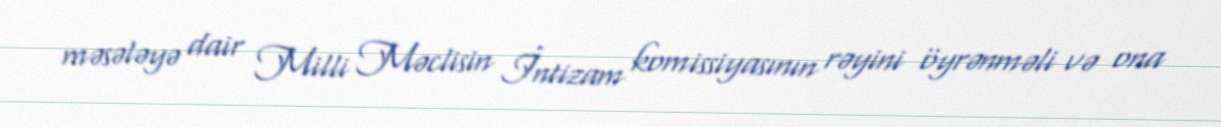
məsələyə dair Milli Məclisin İntizam komissiyasının rəyini öyrənməli və ona